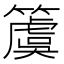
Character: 𥵂